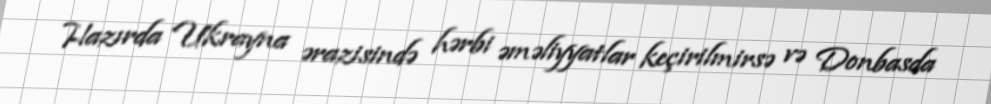
Hazırda Ukrayna ərazisində hərbi əməliyyatlar keçirilmirsə və Donbasda